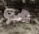
هو